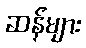
ဆန်များ